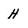
Character: H